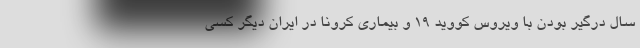
سال درگیر بودن با ویروس کووید 19 و بیماری کرونا در ایران دیگر کسی